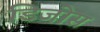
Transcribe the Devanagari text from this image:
डिजोस